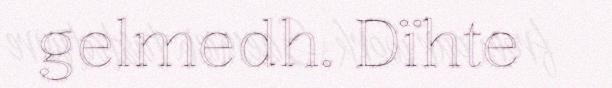
gelmedh. Dïhte